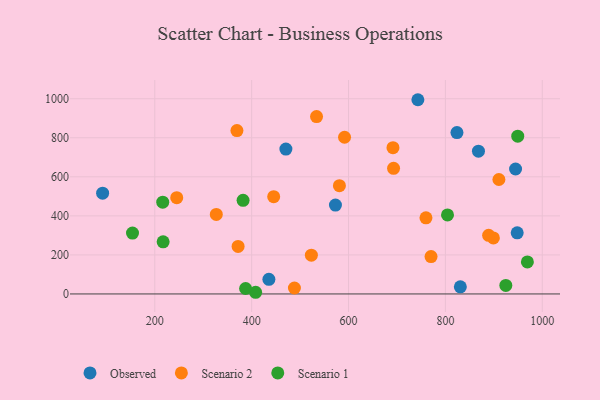
{"axis": {"x": "Distance", "y": "Yield"}, "legend": ["Observed", "Scenario 1", "Scenario 2"], "data": [{"x": "830.9", "y": 36.4, "type": "Observed"}, {"x": "948.3", "y": 313.3, "type": "Observed"}, {"x": "944.9", "y": 640.1, "type": "Observed"}, {"x": "92.3", "y": 516.4, "type": "Observed"}, {"x": "573.0", "y": 455.2, "type": "Observed"}, {"x": "470.7", "y": 741.8, "type": "Observed"}, {"x": "868.3", "y": 731.4, "type": "Observed"}, {"x": "435.6", "y": 75.1, "type": "Observed"}, {"x": "743.2", "y": 994.8, "type": "Observed"}, {"x": "823.9", "y": 826.7, "type": "Observed"}, {"x": "488.3", "y": 30.5, "type": "Scenario 2"}, {"x": "534.0", "y": 908.7, "type": "Scenario 2"}, {"x": "591.8", "y": 802.5, "type": "Scenario 2"}, {"x": "691.8", "y": 749.2, "type": "Scenario 2"}, {"x": "910.5", "y": 586.3, "type": "Scenario 2"}, {"x": "770.4", "y": 191.6, "type": "Scenario 2"}, {"x": "899.1", "y": 287.0, "type": "Scenario 2"}, {"x": "759.9", "y": 390.1, "type": "Scenario 2"}, {"x": "445.5", "y": 498.4, "type": "Scenario 2"}, {"x": "245.3", "y": 493.0, "type": "Scenario 2"}, {"x": "693.0", "y": 643.6, "type": "Scenario 2"}, {"x": "372.0", "y": 243.3, "type": "Scenario 2"}, {"x": "369.6", "y": 836.7, "type": "Scenario 2"}, {"x": "889.3", "y": 300.4, "type": "Scenario 2"}, {"x": "523.3", "y": 198.8, "type": "Scenario 2"}, {"x": "327.0", "y": 407.4, "type": "Scenario 2"}, {"x": "581.2", "y": 554.5, "type": "Scenario 2"}, {"x": "217.2", "y": 266.8, "type": "Scenario 1"}, {"x": "408.2", "y": 8.6, "type": "Scenario 1"}, {"x": "216.4", "y": 469.9, "type": "Scenario 1"}, {"x": "154.0", "y": 312.0, "type": "Scenario 1"}, {"x": "804.4", "y": 404.6, "type": "Scenario 1"}, {"x": "969.3", "y": 164.1, "type": "Scenario 1"}, {"x": "387.5", "y": 28.0, "type": "Scenario 1"}, {"x": "382.3", "y": 479.8, "type": "Scenario 1"}, {"x": "949.4", "y": 808.1, "type": "Scenario 1"}, {"x": "924.8", "y": 43.8, "type": "Scenario 1"}]}